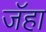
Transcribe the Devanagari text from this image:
जॅहा